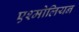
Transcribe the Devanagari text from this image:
एश्मोलियन